Indian journal of veterinary science and animal husbandry - Volume 11,
Year: 1941
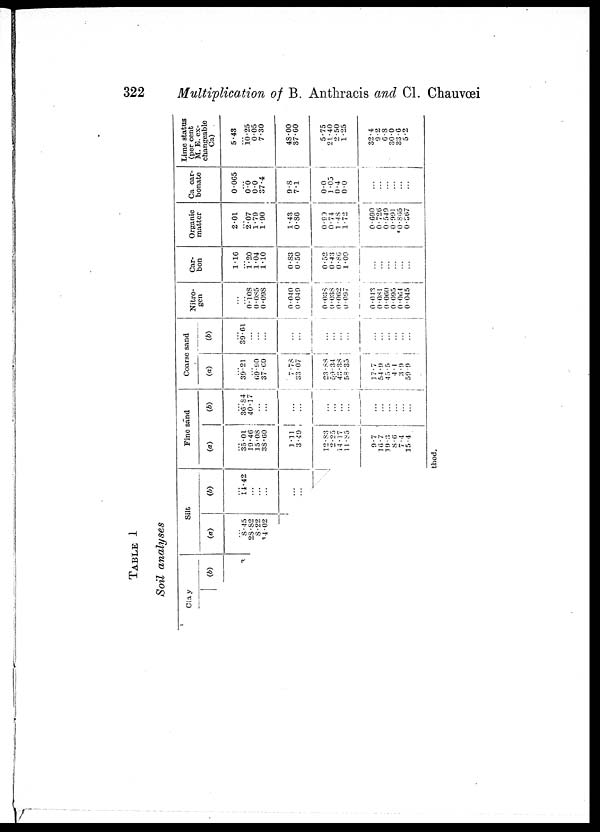
322
Multiplication of B. Anthracis and Cl. Chauvœi
TABLE I
Soil analyses
Clay
(b)
Silt
(a)
...
8.45
28.82
8.22 14.02
(b)
...
14.42
...
...
...
...
...
Fine sand
(a)
...
35.01 19.46
15.08 38.60
1.11
3.49
12.83
2.25
14.17
11.85
9.7
16.7
19.3
8.6
7.4
15.4
(b)
...
36.84
40.17
...
...
...
...
...
...
...
...
...
...
...
... ...
...
Coarse sand
(a)
...
39.21
...
69.90 37.60
7.78
33.07
23.88
59.34
43.38
58.35
17.7
54.9 45.5
4.1
3.9
59.9
(b)
...
39.61
...
...
...
...
...
...
... ...
...
...
...
...
...
...
...
Nitro-
gen
...
...
0.108
0.085 0.098
0.040
0.049
0.038
0.038
0.062
0.097
0.043
0.081
0.060
0.095
0.064
0.045
Car-
bon
1.16
... 1.20
1.04 1.10
0.83
0.50
0.52
0.43
0.86
1.00
...
...
...
...
...
...
Organic
matter
2.01
... 2.07
1.79 1.90
1.43
0.86
0.90
0.74
1.48
1.72
0.690
0.726
0.549
0.991
* 0.865
0.367
Ca car-
bonate
0.065
... 0.0
0.0 37.4
9.8
7.1
0.0
1.05
0.4
0.0
...
...
...
... ...
...
Lime status
(per cent
M. E. ex-
changeable
Ca)
5.43
... 10.25
0.05 7.30
48.00
37.60
5.75
21.40
2.50
1.25
32.4
9.2
6.8
30.0
33.6
5.2
thod.